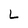
Character: L